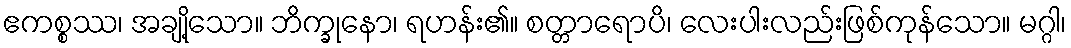
ဧကစ္စဿ၊ အချို့သော။ ဘိက္ခုနော၊ ရဟန်း၏။ စတ္တာရောပိ၊ လေးပါးလည်းဖြစ်ကုန်သော။ မဂ္ဂါ၊